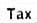
TAX